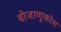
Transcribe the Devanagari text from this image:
बीजाणुकोश